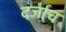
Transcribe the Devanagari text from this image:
दर्जाच